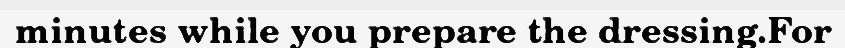
minutes while you prepare the dressing.For